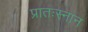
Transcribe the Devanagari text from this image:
प्रातःस्नान